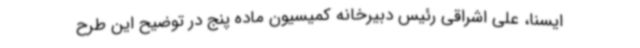
ایسنا، علی اشراقی رئیس دبیرخانه کمیسیون ماده پنج در توضیح این طرح